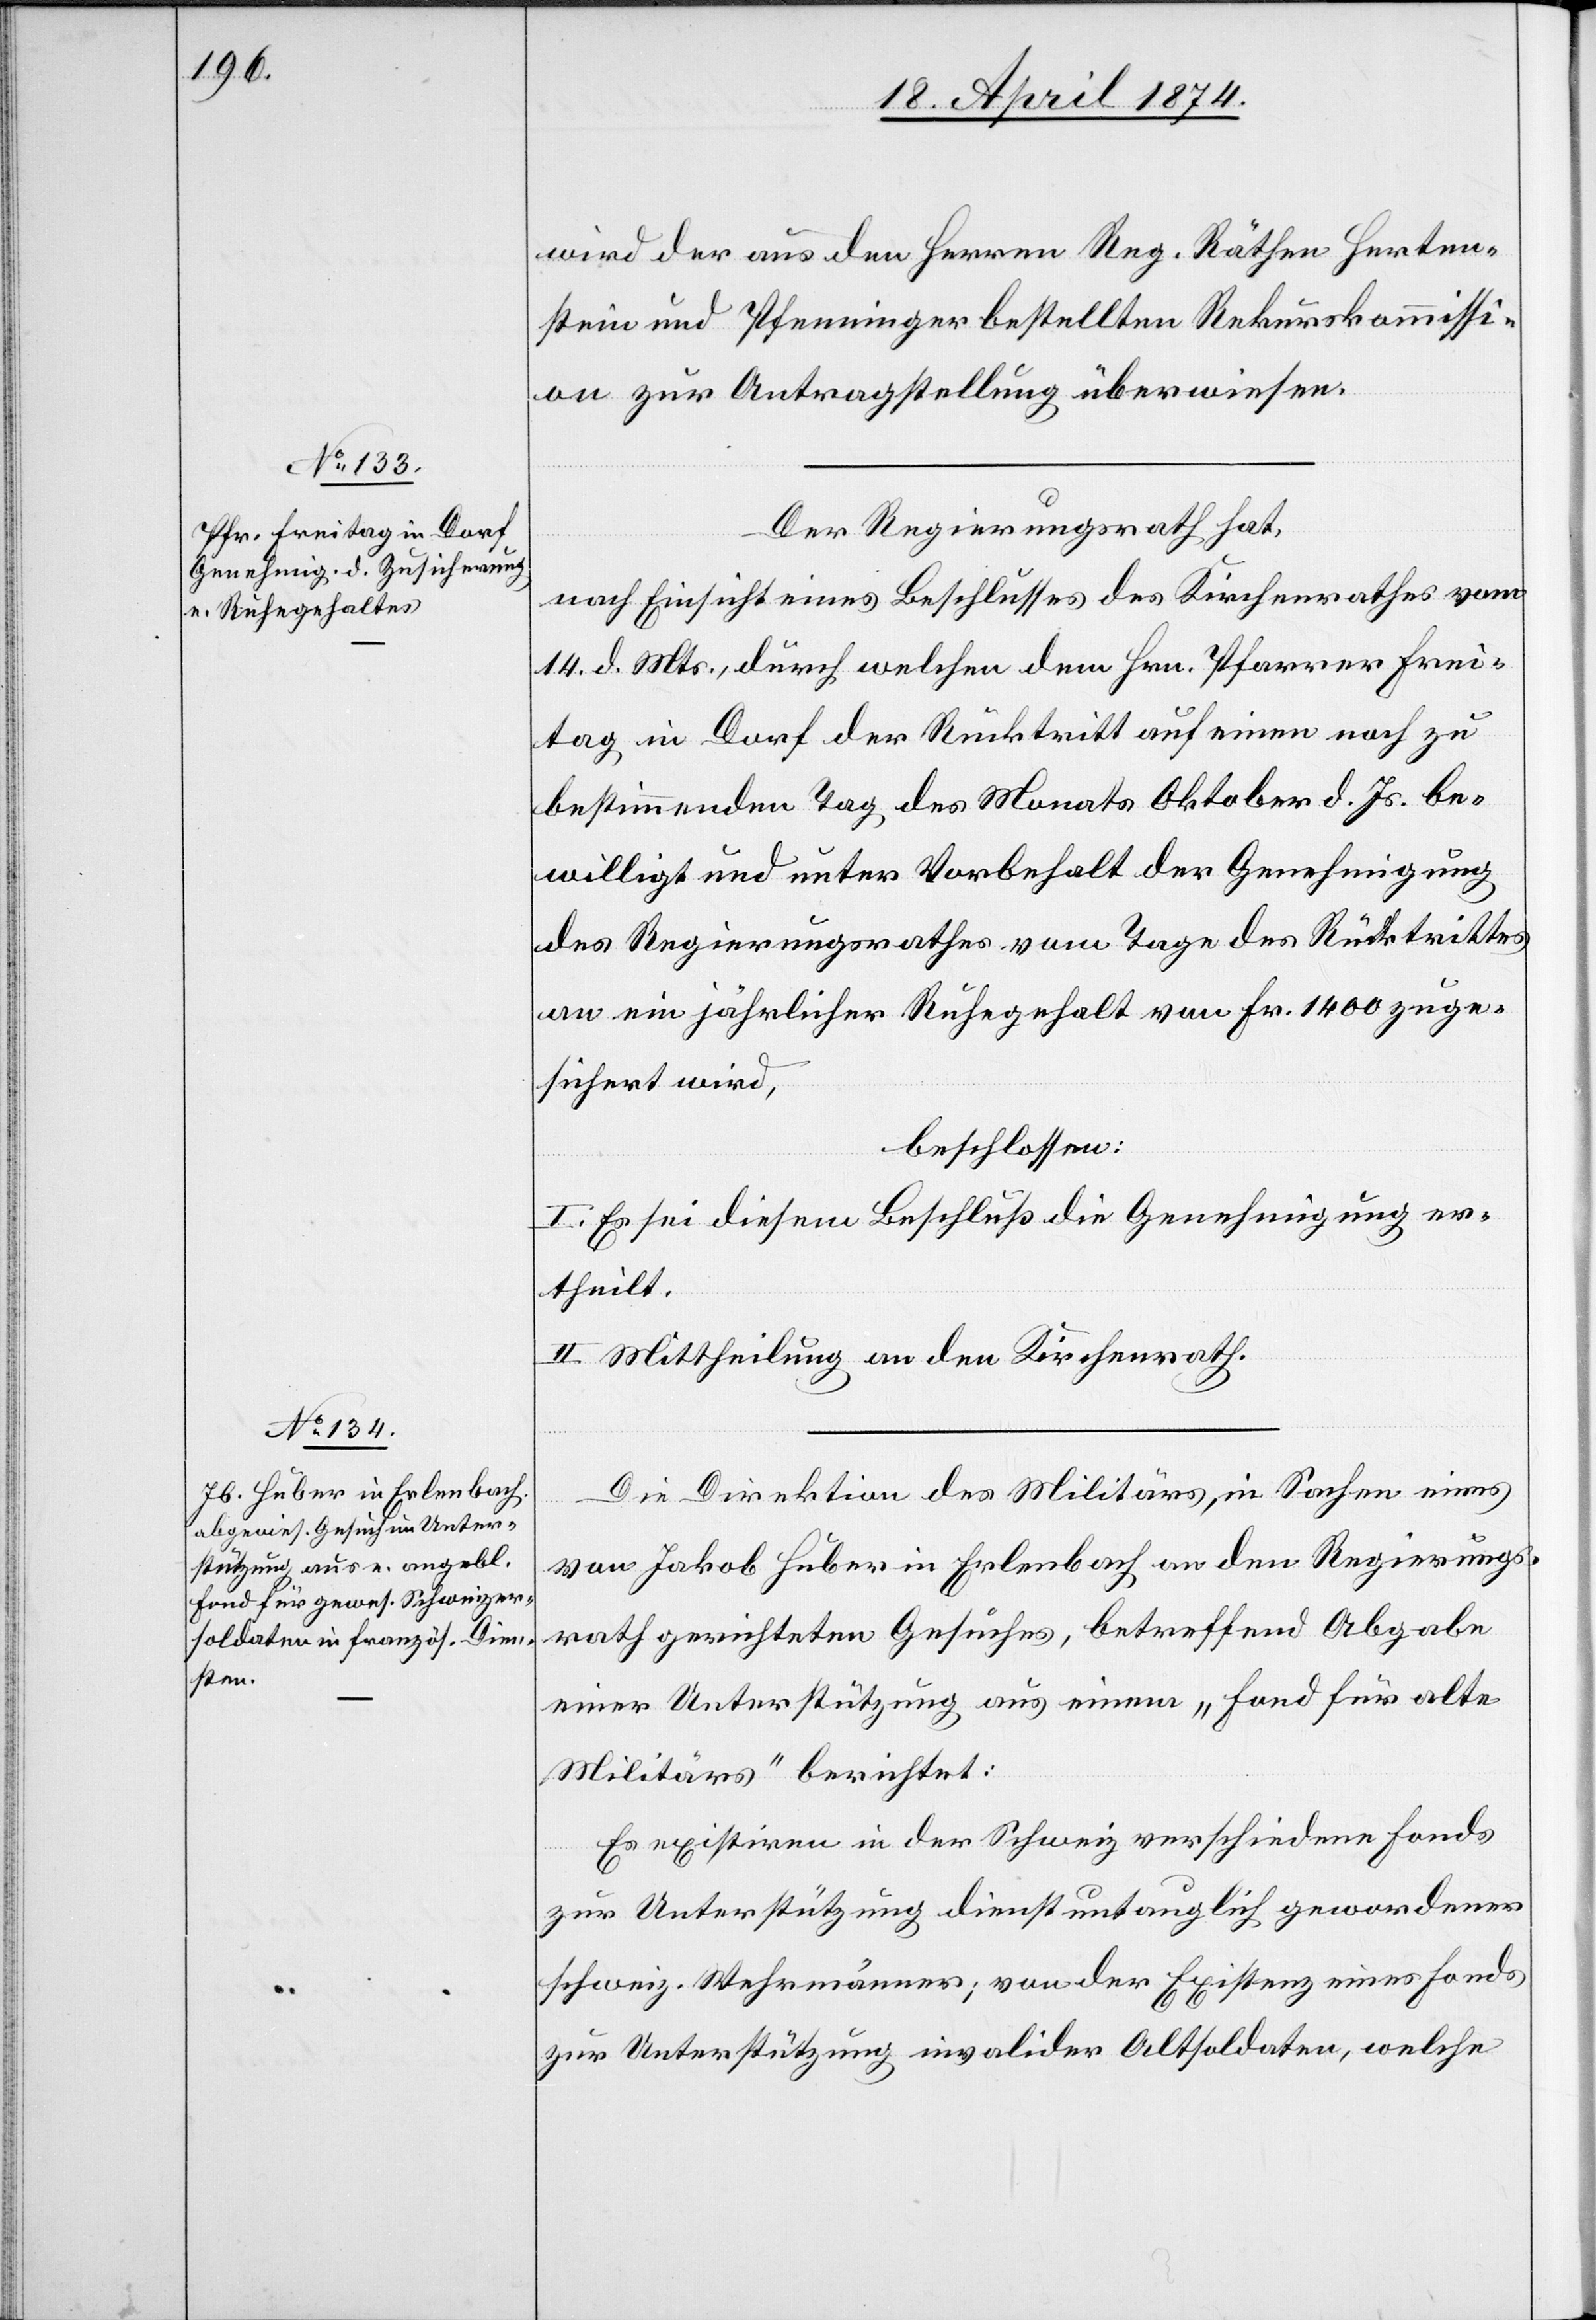
wird der aus den Herren Reg. Räthen Herten¬
stein und Pfenninger bestellten Rekurskommissi¬
on zur Antragstellung überweisen.
Der Regierungsrath hat,
nach Einsicht eines Beschlusses des Kirchenrathes vom
14. d. Mts., durch welchen dem Hrn. Pfarrer Frei¬
tag in Dorf der Rücktritt auf einen noch zu
bestimmenden Tag des Monats Oktober d. Js. be¬
willigt und unter Vorbehalt der Genehmigung
des Regierungsrathes vom Tage des Rücktrittes
an ein jährlicher Ruhegehalt von Fr. 1400 zuge¬
sichert wird,
beschlossen:
I. Es sei diesem Beschluß die Genehmigung er¬
theilt.
II. Mittheilung an den Kirchenrath.
Die Direktion des Militärs, in Sachen eines
von Jakob Huber in Erlenbach an den Regierungs¬
rath gerichteten Gesuches, betreffend Abgabe
einer Unterstützung aus einem „Fond für alte
Militärs“ berichtet:
Es existiren in der Schweiz verschiedene Fonds
zur Unterstützung dienstuntauglich gewordener
schweiz. Wehrmänner; von der Existenz eines Fonds
zur Unterstützung invalider Altsoldaten, welche